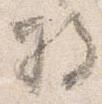
将